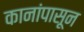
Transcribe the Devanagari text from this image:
कानांपासून